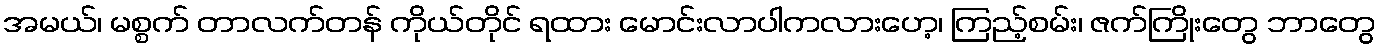
အမယ်၊ မစ္စက် တာလက်တန် ကိုယ်တိုင် ရထား မောင်းလာပါကလားဟေ့၊ ကြည့်စမ်း၊ ဇက်ကြိုးတွေ ဘာတွေ